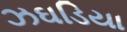
ઝઘડિયા